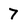
Character: 7